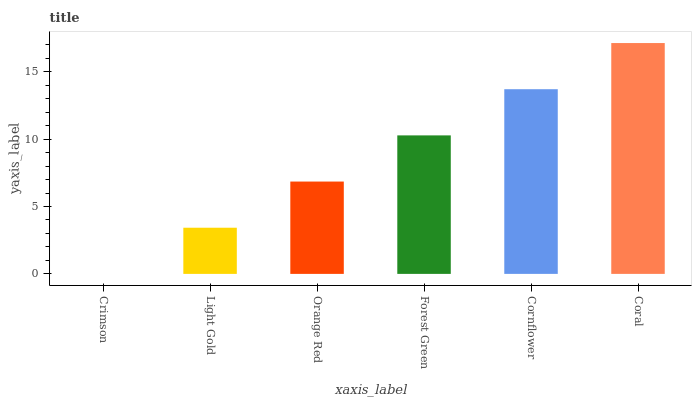
| xaxis_label | bars |
 | --- | --- |
 | Crimson | 0 |
 | Light Gold | 3.43 |
 | Orange Red | 6.85 |
 | Forest Green | 10.3 |
 | Cornflower | 13.7 |
 | Coral | 17.1 |